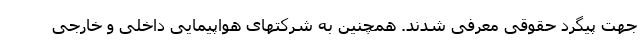
جهت پیگرد حقوقی معرفی شدند. همچنین به شرکتهای هواپیمایی داخلی و خارجی